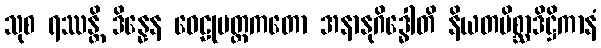
သုစ ရဿန္တိ ဒိန္နေန ဝေဠုမတ္ထကတော အနာနုဂိဒ္ဓေါတိ နိယတမိစ္ဆာဒိဋ္ဌိကာနံ